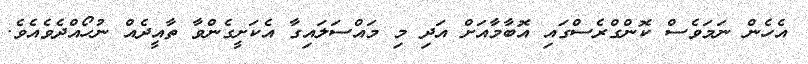
އެހެން ނަމަވެސް ކޮންގްރެސްގައި އޮބާމާއަށް އަދި މި މައްސަލައިގާ އެކަށީގެންވާ ތާއީދެއް ނުހޯއްދެވެއެވެ.